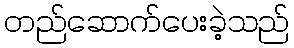
တည်ဆောက်ပေးခဲ့သည်